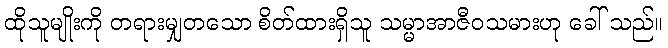
ထိုသူမျိုးကို တရားမျှတသော စိတ်ထားရှိသူ သမ္မာအာဇီဝသမားဟု ခေါ် သည်။